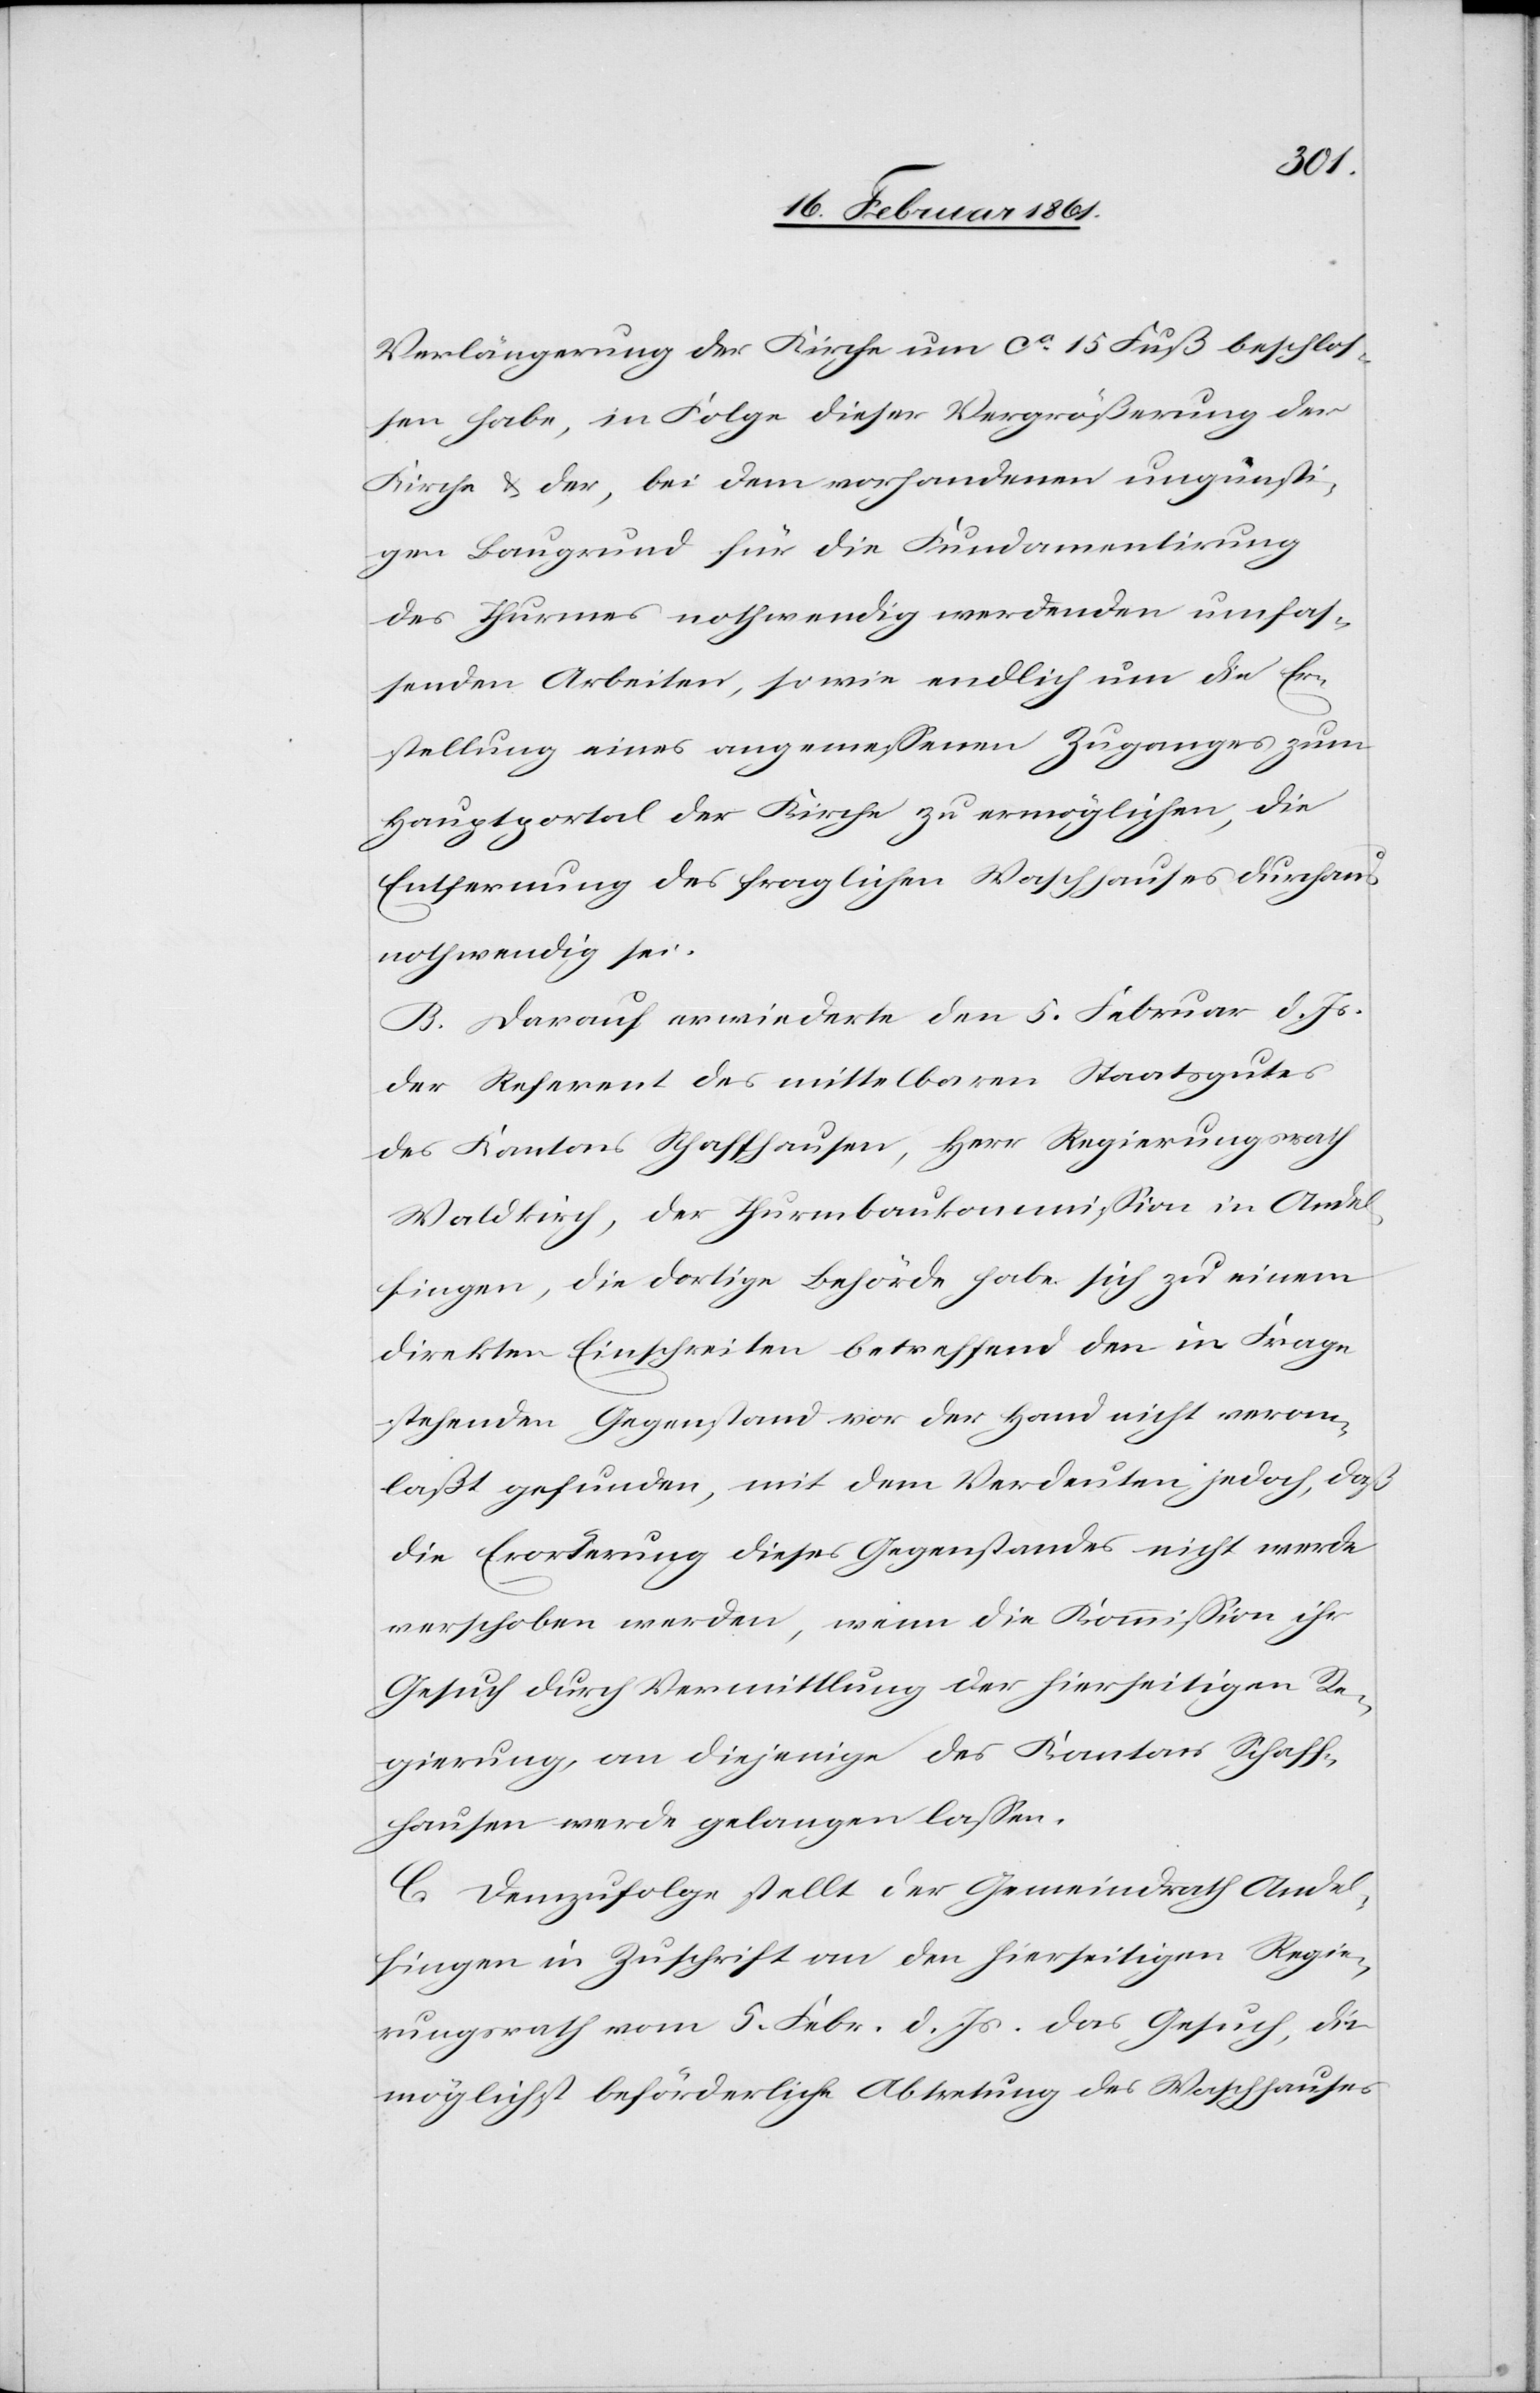
Verlängerung der Kirche um ca 15 Fuß beschlos¬
sen habe, in Folge dieser Vergrößerung der
Kirche u. der, bei dem vorhandenen ungünsti¬
gen Baugrund für die Fundamentirung
des Thurmes nothwendig werdenden umfas¬
senden Arbeiten, sowie endlich um die Er¬
stellung eines angemessenen Zugangs zum
Hauptportal der Kirche zu vermöglichen, die
Entfernung des fraglichen Waschhauses durchaus
nothwendig sei.
B. Darauf erwiederte den 5. Februar d. Js.
der Referent des mittelbaren Staatsgutes
des Kantons Schaffhausen, Herr Regierungsrath
Waldkirch, der Thurmbaukommission in Andel¬
fingen, die dortige Behörde habe sich zu einem
direkten Einschreiten betreffend den in Frage
stehenden Gegenstand vor der Hand nicht veran¬
laßt gefunden, mit dem Vordeuten jedoch, daß
die Erorterung [sic!] dieses Gegenstandes nicht werde
verschoben werden, wenn die Kommission ihr
Gesuch durch Vermittlung der hierseitigen Re¬
gierung, an diejenige des Kantons Schaff¬
hausen werde gelangen lassen.
C. Demzufolge stellt der Gemeindrath Andel¬
fingen in Zuschrift an den hierseitigen Regie¬
rungsrath vom 5. Febr. d. Js. das Gesuch, die
möglichst beförderliche Abtretung des Waschhauses